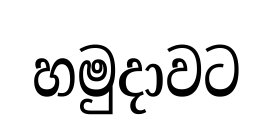
හමුදාවට